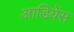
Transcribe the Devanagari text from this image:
आडियेंस